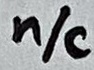
Text: n/c